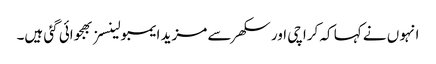
انہو ں نے کہا کہ کراچی اور سکھر سے مزید ایمبولینسز بھجوائی گئی ہیں۔